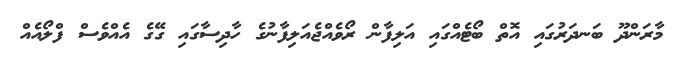
މާރަންދޫ ބަނދަރުގައި އޮތް ބޯޓެއްގައި އަލިފާން ރޯވެއްޖެއަލިފާނުގެ ހާދިސާގައި ގޭގެ އެއްވެސް ފްލޯއެއް